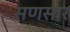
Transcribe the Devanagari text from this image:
सणसार